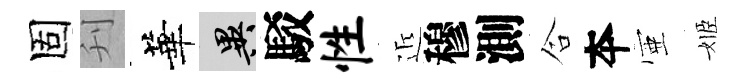
固刋華异駁性近穆測合夲壺姬